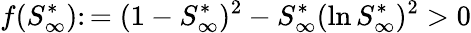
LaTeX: f(S_{\infty}^{*})\colon=(1-S_{\infty}^{*})^{2}-S_{\infty}^{*}(\ln S_{\infty}^{*})^{2}>0